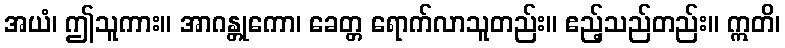
အယံ၊ ဤသူကား။ အာဂန္တုကော၊ ခေတ္တ ရောက်လာသူတည်း။ ဧည့်သည်တည်း။ ဣတိ၊